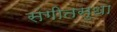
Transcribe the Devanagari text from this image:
संगीतसुधा